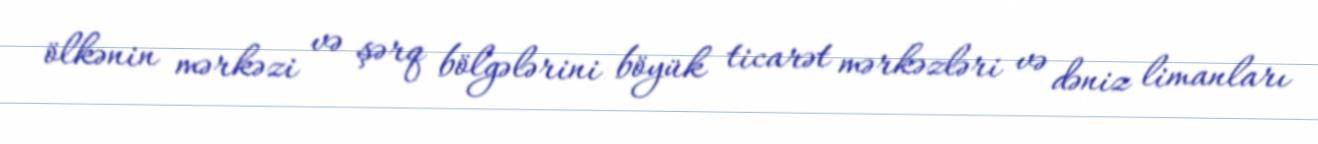
ölkənin mərkəzi və şərq bölgələrini böyük ticarət mərkəzləri və dəniz limanları